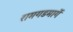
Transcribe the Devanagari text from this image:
रामगडमार्गे